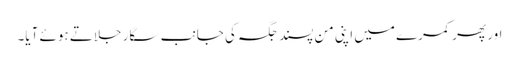
اور پھر کمرے میں اپنی من پسند جگہ کی جانب سگار جلاتے ہوئے آیا۔